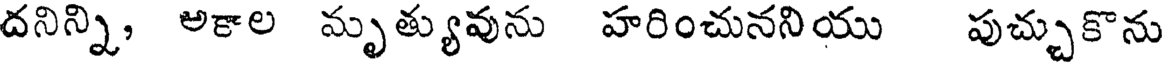
దనిన్ని, అకాల మృత్యువును హరించునని యు పుచ్చుకొను